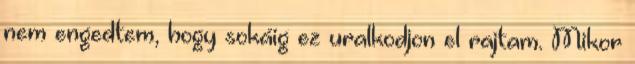
nem engedtem, hogy sokáig ez uralkodjon el rajtam. Mikor